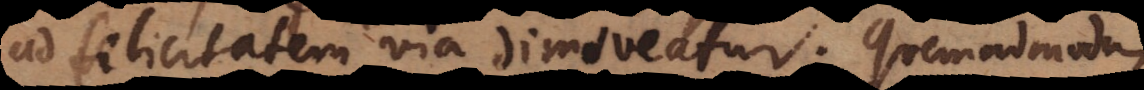
ad felicitatem via dimoveatur. Quemadmodu